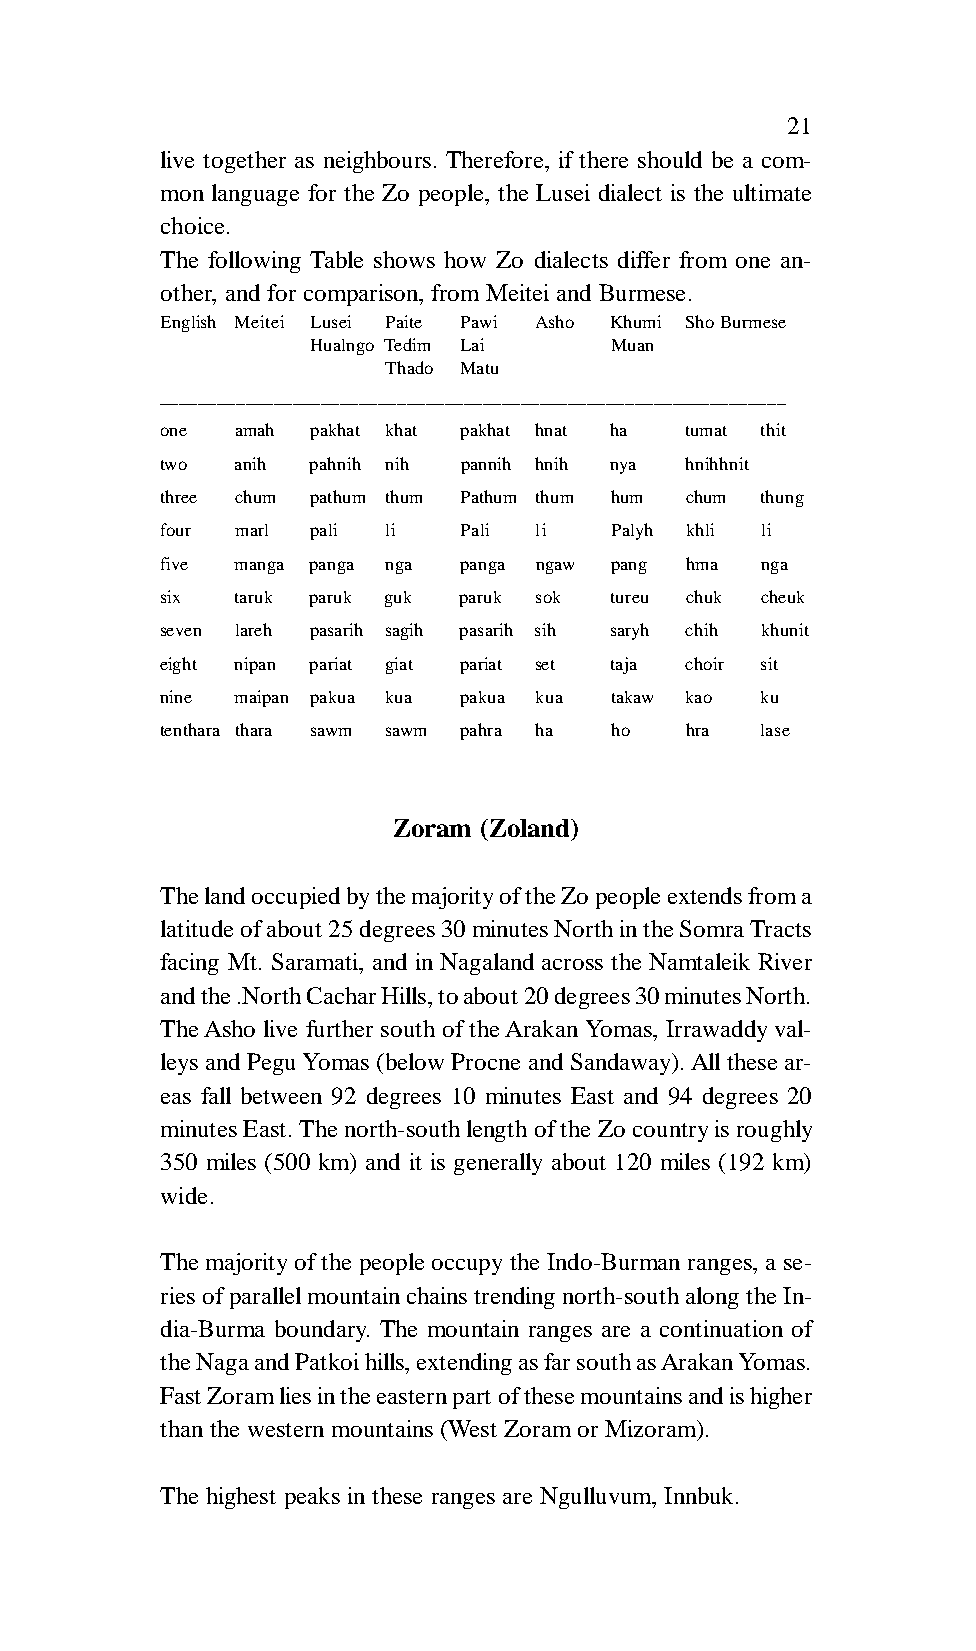
21
 live together as neighbours. Therefore, if there should be a com-
 mon language for the Zo people, the Lusei dialect is the ultimate
 choice.
 The following Table shows how Zo dialects differ from one an-
 other, and for comparison, from Meitei and Burmese.
 English Meitei Lusei Paite Pawi Asho Khumi Sho Burmese
 Hualngo Tedim Lai  Muan
 Thado Matu
 __________________________________________________________________
 one  amah pakhat khat pakhat hnat ha tumat thit
 two  anih pahnih nih pannih hnih nya hnihhnit
 three chum pathum thum Pathum thum hum chum thung
 four marl pali li  Pali li   Palyh khli li
 five manga panga nga panga ngaw pang hma nga
 six  taruk paruk guk paruk sok tureu chuk cheuk
 seven lareh pasarih sagih pasarih sih saryh chih khunit
 eight nipan pariat giat pariat set taja choir sit
 nine maipan pakua kua pakua kua takaw kao ku
 tenthara thara sawm sawm pahra ha ho hra lase
 Zoram (Zoland)
 The land occupied by the majority of the Zo people extends from a
 latitude of about 25 degrees 30 minutes North in the Somra Tracts
 facing Mt. Saramati, and in Nagaland across the Namtaleik River
 and the .North Cachar Hills, to about 20 degrees 30 minutes North.
 The Asho live further south of the Arakan Yomas, Irrawaddy val-
 leys and Pegu Yomas (below Procne and Sandaway). All these ar-
 eas fall between 92 degrees 10 minutes East and 94 degrees 20
 minutes East. The north-south length of the Zo country is roughly
 350 miles (500 km) and it is generally about 120 miles (192 km)
 wide.
 The majority of the people occupy the Indo-Burman ranges, a se-
 ries of parallel mountain chains trending north-south along the In-
 dia-Burma boundary. The mountain ranges are a continuation of
 the Naga and Patkoi hills, extending as far south as Arakan Yomas.
 Fast Zoram lies in the eastern part of these mountains and is higher
 than the western mountains (West Zoram or Mizoram).
 The highest peaks in these ranges are Ngulluvum, Innbuk.